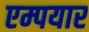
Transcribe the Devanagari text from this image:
एम्पयार